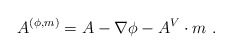
\begin{align*}A^{(\phi,m)}=A-\nabla\phi-A^V\cdot m\ . \end{align*}